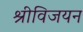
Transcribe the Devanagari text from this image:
श्रीविजयन